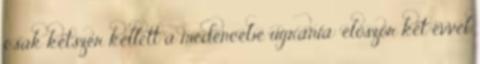
csak kétszer kellett a medencébe ugrania: először két évvel